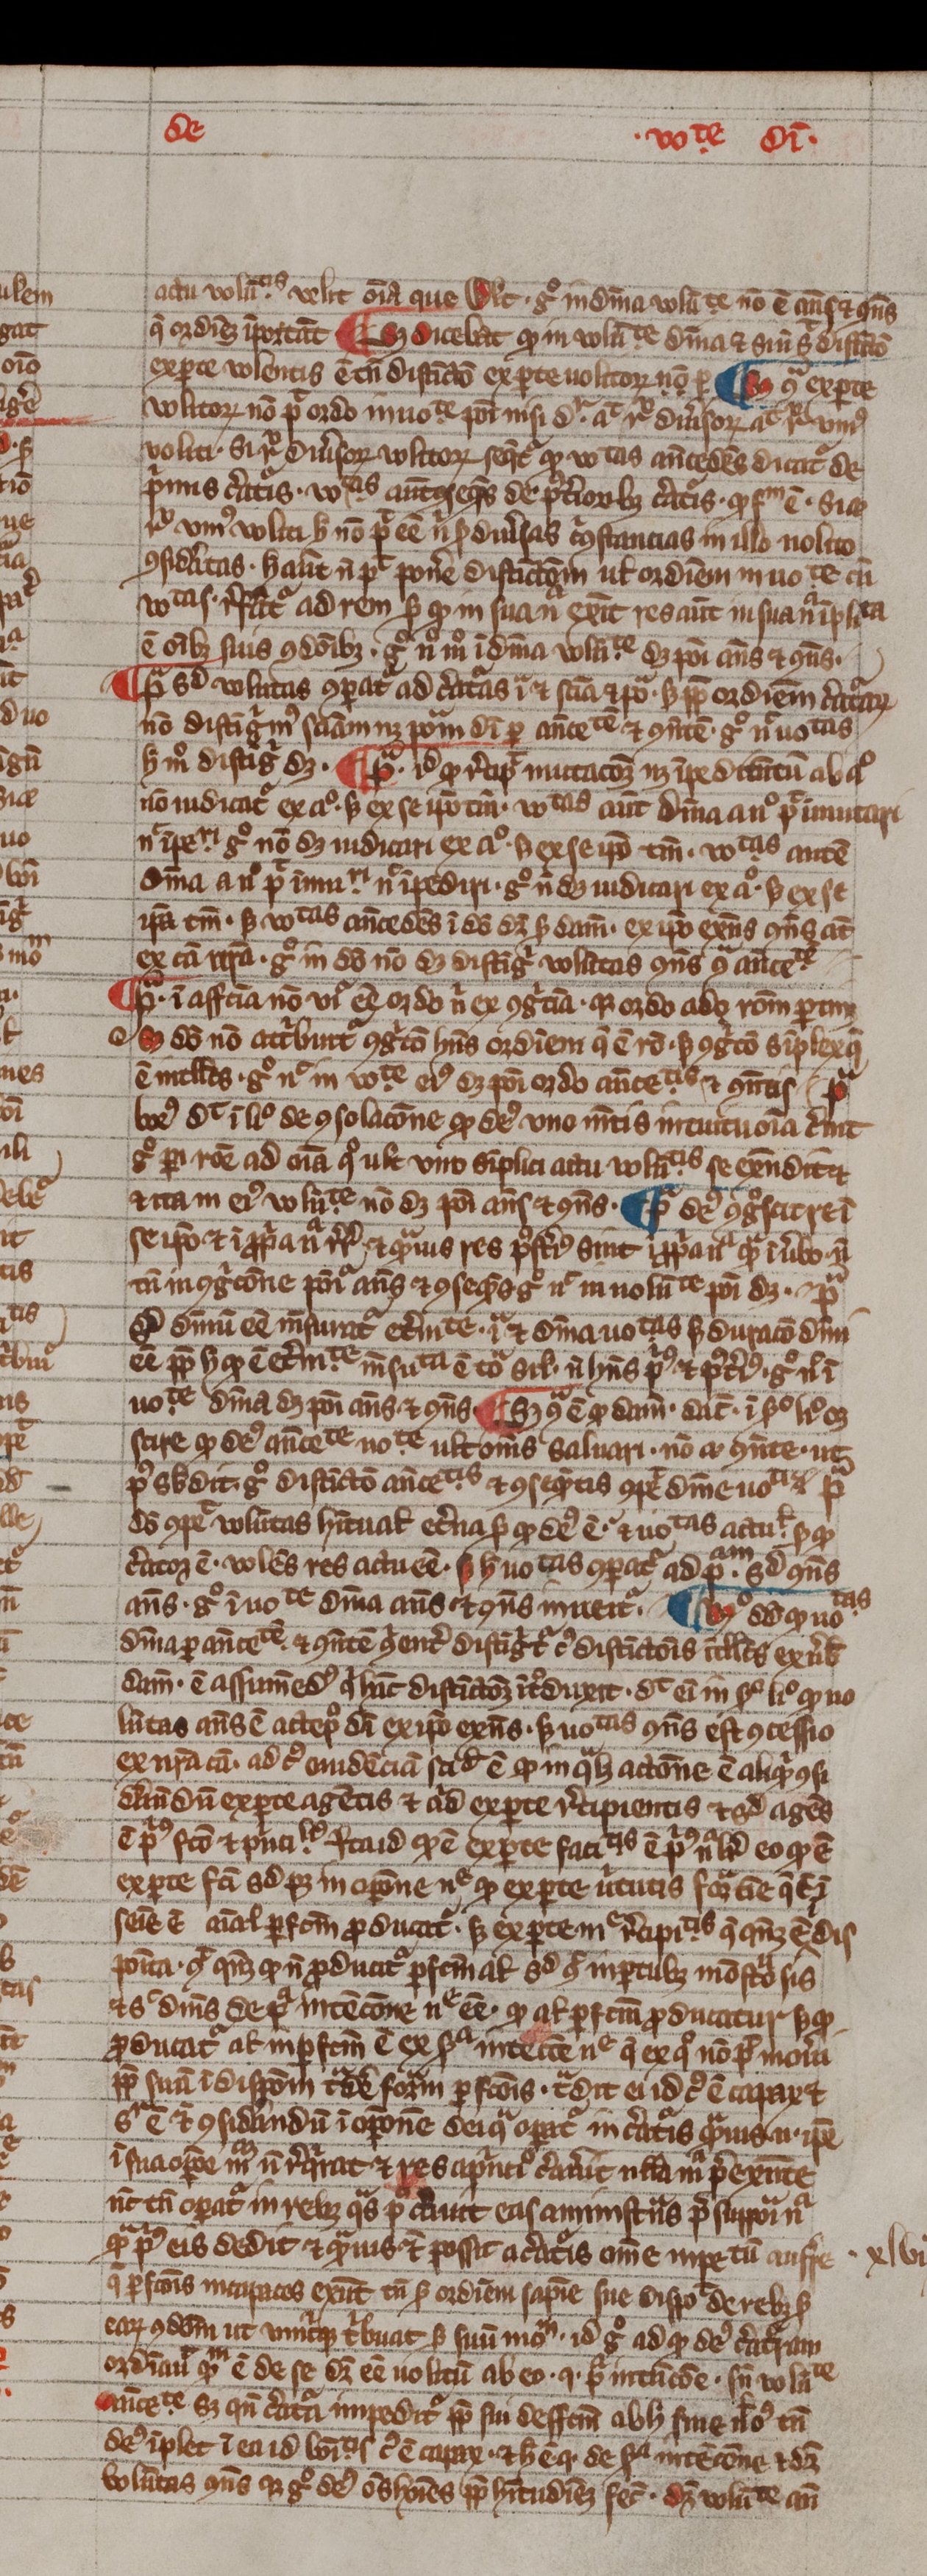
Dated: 1300–1399